Vaccination in Burma 1920-1933 - 1920-1933
Year: 1920
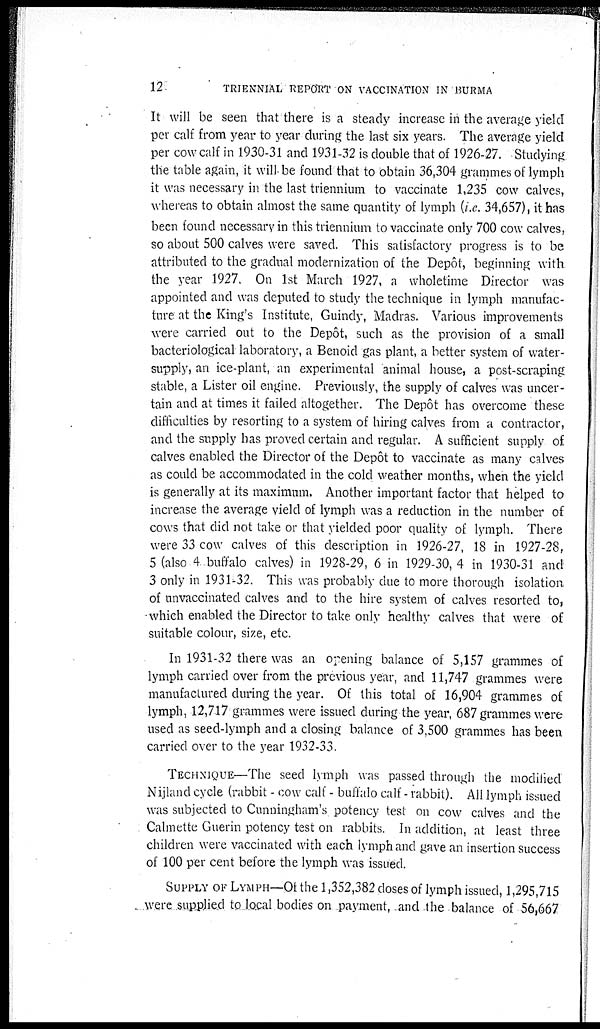
12.
TRIENNIAL REPORT ON VACCINATION IN BURMA
It will be seen that there is a steady increase in the average yield
per calf from year to year during the last six years. The average yield
per cow calf in 1930-31 and 1931-32 is double that of 1926-27. Studying
the table again, it will be found that to obtain 36,304 grammes of lymph
it was necessary in the last triennium to vaccinate 1,235 cow calves,
whereas to obtain almost the same quantity of lymph (i.e. 34,657), it has
been found necessary in this triennium to vaccinate only 700 cow calves,
so about 500 calves were saved. This satisfactory progress is to be
attributed to the gradual modernization of the Depôt, beginning with
the year 1927. On 1st March 1927, a wholetime Director was
appointed and was deputed to study the technique in lymph manufac-
ture at the King's Institute, Guindy, Madras. Various improvements
were carried out to the Depôt, such as the provision of a small
bacteriological laboratory, a Benoid gas plant, a better system of water-
supply, an ice-plant, an experimental animal house, a post-scraping
stable, a Lister oil engine. Previously, the supply of calves was uncer-
tain and at times it failed altogether. The Depôt has overcome these
difficulties by resorting to a system of hiring calves from a contractor,
and the supply has proved certain and regular. A sufficient supply of
calves enabled the Director of the Depôt to vaccinate as many calves
as could be accommodated in the cold weather months, when the yield
is generally at its maximum. Another important factor that helped to
increase the average yield of lymph was a reduction in the number of
cows that did not take or that yielded poor quality of lymph. There
were 33 cow calves of this description in 1926-27, 18 in 1927-28,
5 (also 4 buffalo calves) in 1928-29, 6 in 1929-30, 4 in 1930-31 and
3 only in 1931-32. This was probably due to more thorough isolation
of unvaccinated calves and to the hire system of calves resorted to,
which enabled the Director to take only healthy calves that were of
suitable colour, size, etc.
In 1931-32 there was an opening balance of 5,157 grammes of
lymph carried over from the previous year, and 11,747 grammes were
manufactured during the year. Of this total of 16,904 grammes of
lymph, 12,717 grammes were issued during the year, 687 grammes were
used as seed-lymph and a closing balance of 3,500 grammes has been
carried over to the year 1932-33.
TECHNIQUE—The seed lymph was passed through the modified
Nijland cycle (rabbit - cow calf - buffalo calf - rabbit). All lymph issued
was subjected to Cunningham's potency test on cow calves and the
Calmette Guerin potency test on rabbits. In addition, at least three
children were vaccinated with each lymph and gave an insertion success
of 100 per cent before the lymph was issued.
SUPPLY OF LYMPH—Of the 1,352,382 doses of lymph issued, 1,295,715
were supplied to local bodies on payment, and the balance of 56,667